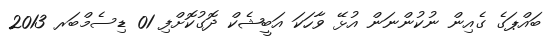
ބައްޕަގެ ގެއިން ނުކުންނަން އުޅޭ ވާހަކަ އަބީޝެކް ދޮގުކޮށްފި 01 ޑިސެމްބަރ 2013